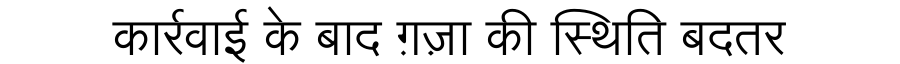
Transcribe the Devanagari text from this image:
कार्रवाई के बाद ग़ज़ा की स्थिति बदतर